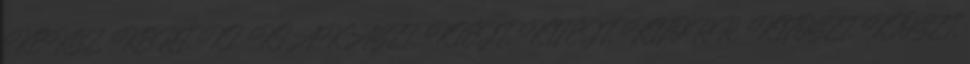
KEKSZ, KERT, KI, KIAKASZT, KIEJT, KIFEJT, KIFORR, KIFOSZT, KIOSZT,